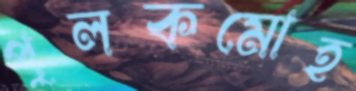
পুলকমোহ